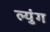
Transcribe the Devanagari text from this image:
ल्युंग